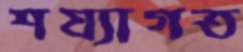
শয্যাগত